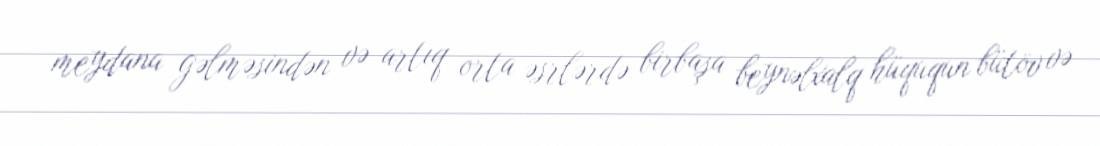
meydana gəlməsindən və artıq orta əsrlərdə birbaşa beynəlxalq hüququn bütöv və